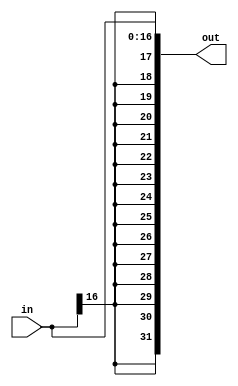
module sign_ext(in, out);
input [16:0] in;
output [31:0] out;

genvar i;
generate
for(i = 17;i < 32; i = i + 1) begin: gen
assign out[i] = in[16];
end
endgenerate

genvar j;
generate
for(i = 0; i < 17; i = i + 1) begin: gen2
assign out[i] = in[i];
end
endgenerate

endmodule